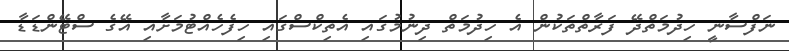
ނަފްސާނީ ހިދުމަތްދޭ ފަރާތްތަކުން އެ ހިދުމަތް ދިނުމުގައި އެތިކްސްގައި ހިފެހެއްޓުމަށާއި އޭގެ ސްޓޭންޑަޑާ